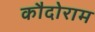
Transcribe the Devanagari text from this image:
कौदोराम